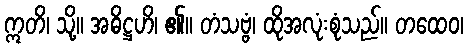
ဣတိ၊ သို့။ အဓိဋ္ဌဟိ၊ ၏။ တံသဗ္ဗံ၊ ထိုအလုံးစုံသည်။ တထေဝ၊